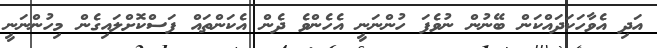
އަދި އެވާހަކަދައްކަން ބޭނުން ނުވެފަ ހުންނަނީ އެހެންވެ ދެން އެކަންތައް ފަސްކޮށްލައިގެން މިހުންނަނީ